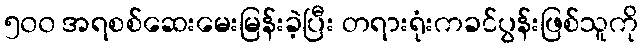
၅၀၀ အရစစ်ဆေးမေးမြန်းခဲ့ပြီး တရားရုံးကခင်ပွန်းဖြစ်သူကို